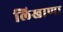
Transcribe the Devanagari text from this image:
लिखाणा